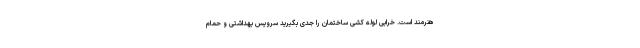
هنرمند است. خرابی لوله کشی ساختمان را جدی بگیرید سرویس بهداشتی و حمام